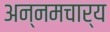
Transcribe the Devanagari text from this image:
अन्नमचार्य